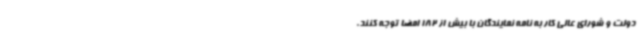
دولت و شورای عالی کار به نامه نمایندگان با بیش از 182 امضا توجه کنند.